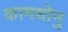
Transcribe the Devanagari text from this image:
कामधोनु